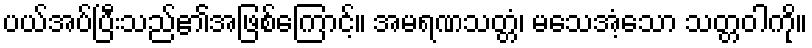
ပယ်အပ်ပြီးသည်၏အဖြစ်ကြောင့်။ အမရဏသတ္တံ၊ မသေအံ့သော သတ္တဝါကို။